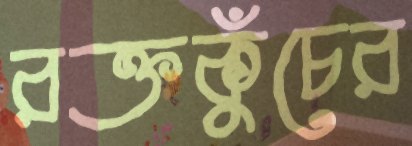
রক্তকুঁচের